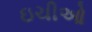
ઇચીઓ